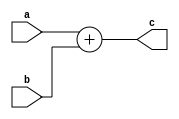
`timescale 1ns / 1ps
//////////////////////////////////////////////////////////////////////////////////
// Company: 
// Engineer: 
// 
// Design Name: 
// Module Name: adder
// Project Name: 
// Target Devices: 
// Tool Versions: 
// Description: 
// 
// Dependencies: 
// 
// Revision:
// Revision 0.01 - File Created
// Additional Comments:
// 
//////////////////////////////////////////////////////////////////////////////////


module adder(
    input [31:0]a,
    input [31:0]b,
    output [31:0]c
    );

assign c = a+b;

endmodule